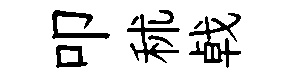
叩秫㦸